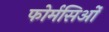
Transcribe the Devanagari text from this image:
फोर्मसिओं